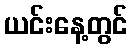
ယင်းနေ့တွင်